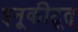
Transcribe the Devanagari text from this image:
इनूकीटूत्